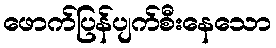
ဖောက်ပြန်ပျက်စီးနေသော